Scottish Leaving Certificate Examination, 1957
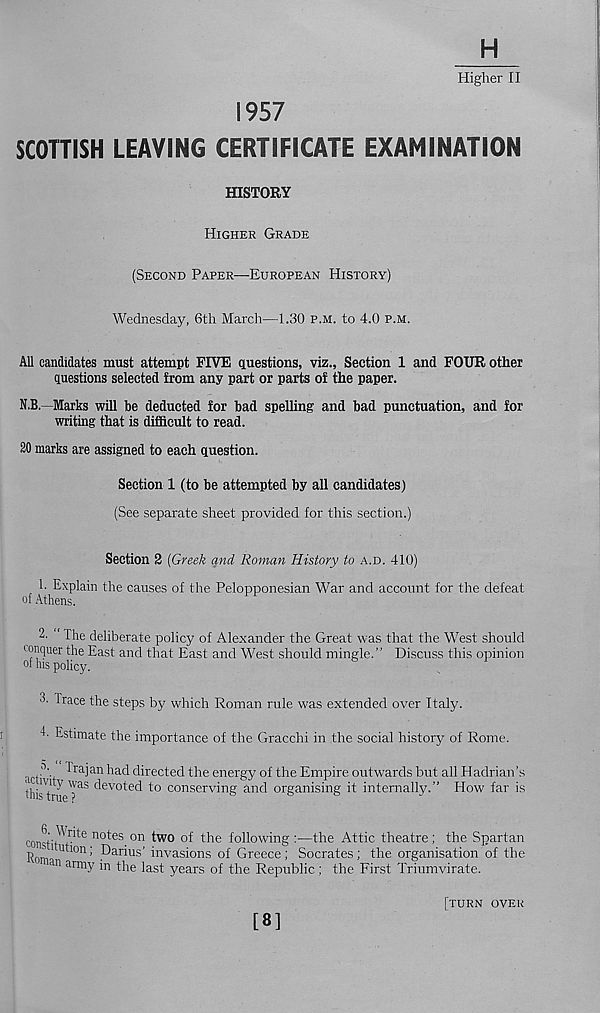
H
Higher II
1957
SCOTTISH LEAVING CERTIFICATE EXAMINATION
HISTORY
HIGHER GRADE
(SECOND PAPER—EUROPEAN HISTORY)
Wednesday, 6th March—1.30 P.M. to 4.0 P.M.
All candidates must attempt FIVE questions, viz., Section 1 and FOUR other
questions selected from any part or parts of the paper.
N.B.—Marks will be deducted for bad spelling and bad punctuation, and for
writing that is difficult to read.
20 marks are assigned to each question.
Section 1 (to be attempted by all candidates)
(See separate sheet provided for this section.)
Section 2 {Greek and Roman History to A.D. 410)
1- Explain the causes of the Pelopponesian War and account for the defeat
of Athens.
2. The deliberate policy of Alexander the Great was that the West should
conquer the East and that East and West should mingle.” Discuss this opinion
of his policy.
4 Trace the steps by which Roman rule was extended over Italy.
P Estimate the importance of the Gracchi in the social history of Rome.
.?• Trajan had directed the energy of the Empire outwards but all Hadrian’s
ih ''t T aS ^e vo t e d t° conserving and organising it internally.” How far is
constit' nte n0^eS 0n * wo
following:—the Attic theatre; the Spartan
Rom Utl°n ’ .^) ar l us ’ invasions of Greece; Socrates; the organisation of the
an arm y i’ 1 the last years of the Republic; the First Triumvirate.
[TURN OVER
[8]